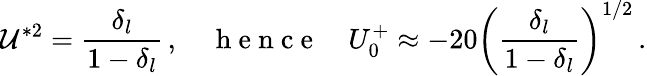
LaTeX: \mathcal{U}^{*2}=\frac{\delta_{l}}{1-\delta_{l}}\, ,\quad\mathrm{~h~e~n~c~e~}\quad U_{0}^{+}\approx-20\left(\frac{\delta_{l}}{1-\delta_{l}}\right)^{1/2}\, .